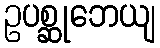
ဥပစ္ဆုဘေယျ